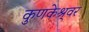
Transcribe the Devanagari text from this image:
कुणकेश्र्वर